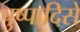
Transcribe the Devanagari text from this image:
पुष्पादिसे